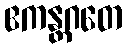
ဧကန္တဂတေ